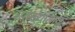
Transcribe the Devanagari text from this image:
उपाख्यात्मक